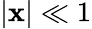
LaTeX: |\mathbf{x}|\ll1